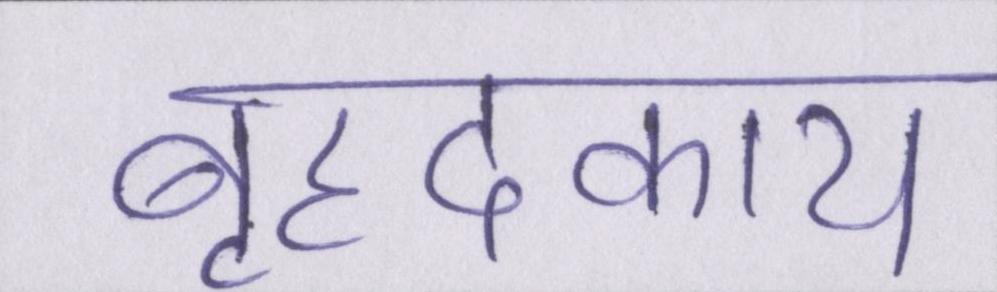
बृहदकाय